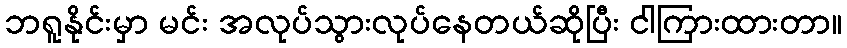
ဘရူနိုင်းမှာ မင်း အလုပ်သွားလုပ်နေတယ်ဆိုပြီး ငါကြားထားတာ။